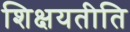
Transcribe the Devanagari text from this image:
शिक्षयतीति